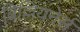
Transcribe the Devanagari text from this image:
बिल्लियनेर्स